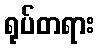
ရုပ်တရား